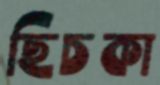
ছিচকা